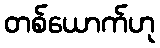
တစ်ယောက်ဟု